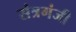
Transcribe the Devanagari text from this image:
संत्रगंजी